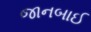
જાનબાઈ